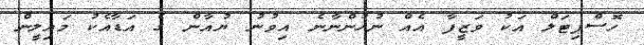
ހޮސްޕިޓަލް އަކު ވަޒީފާ އެއް ނުހުންނާނެ އިވުނު ޔުއާން ގެ އަޑާއެކު މައިލީން